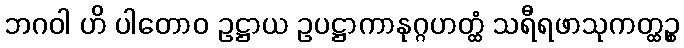
ဘဂဝါ ဟိ ပါတောဝ ဥဋ္ဌာယ ဥပဋ္ဌာကာနုဂ္ဂဟတ္ထံ သရီရဖာသုကတ္ထဉ္စ